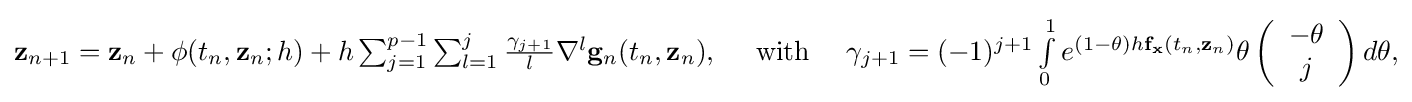
{\textstyle \mathbf {z} _{n+1}=\mathbf {z} _{n}+\mathbf {\phi } (t_{n},\mathbf {z} _{n};h)+h\sum _{j=1}^{p-1}\sum _{l=1}^{j}{\frac {\gamma _{j+1}}{l}}\nabla ^{l}\mathbf {g} _{n}(t_{n},\mathbf {z} _{n}),\quad {\text{ with }}\quad \gamma _{j+1}=(-1)^{j+1}\int \limits _{0}^{1}e^{(1-\theta )h\mathbf {f} _{\mathbf {x} }\left(t_{n},\mathbf {z} _{n}\right)}\theta \left({\begin{array}{c}-\theta \\j\end{array}}\right)d\theta ,}